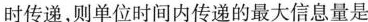
时传递，则单位时间内传递的最大信息量是